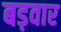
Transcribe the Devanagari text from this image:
बड़वार